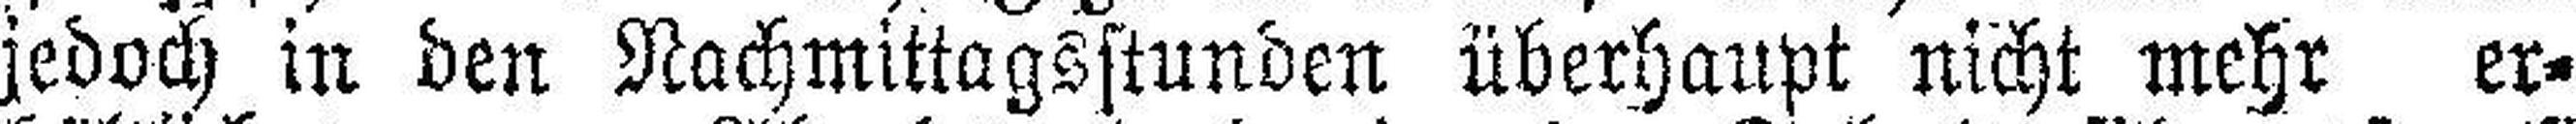
jedoch in den Nachmittagsstunden überhaupt nicht mehr er¬